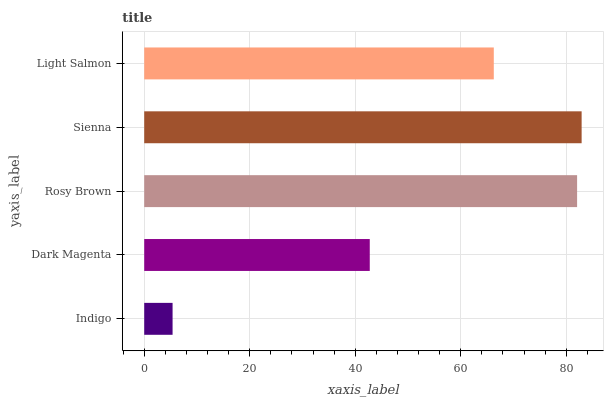
| yaxis_label | bars |
 | --- | --- |
 | Indigo | 5.37 |
 | Dark Magenta | 42.8 |
 | Rosy Brown | 82 |
 | Sienna | 82.9 |
 | Light Salmon | 66.3 |